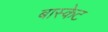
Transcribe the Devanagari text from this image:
बास्‍केट